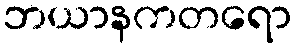
ဘယာနကတရော